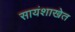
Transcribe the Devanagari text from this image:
सायंशाखेत